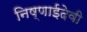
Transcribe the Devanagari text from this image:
निष्णाईदेवी